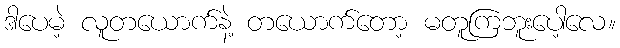
ဒါပေမဲ့ လူတယောက်နဲ့ တယောက်တော့ မတူကြဘူးပေါ့လေ။